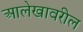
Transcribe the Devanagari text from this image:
आलेखावरील